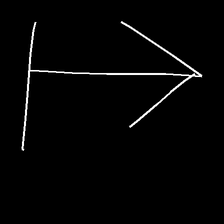
Glyph: levitation